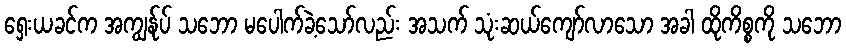
ရှေးယခင်က အကျွန်ုပ် သဘော မပေါက်ခဲ့သော်လည်း အသက် သုံးဆယ်ကျော်လာသော အခါ ထိုကိစ္စကို သဘော